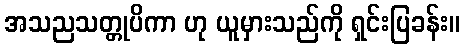
အသညသတ္တုပိကာ ဟု ယူမှားသည်ကို ရှင်းပြခန်း။